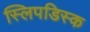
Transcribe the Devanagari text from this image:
स्लिपडिस्क